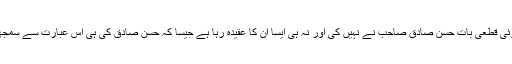
کیونکہ ایسی کوئی قطعی بات حسن صادق صاحب نے نہیں کی اور نہ ہی ایسا اُن کا عقیدہ رہا ہے جیسا کہ حسن صادق کی ہی اس عبارت سے سمجھا جا سکتا ہے ۔